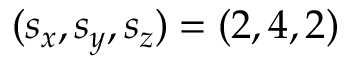
( s _ { x } , s _ { y } , s _ { z } ) = ( 2 , 4 , 2 )